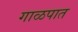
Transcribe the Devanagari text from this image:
गाळपात